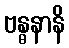
ဗန္ဓနာနိ